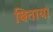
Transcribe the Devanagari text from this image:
बिताया